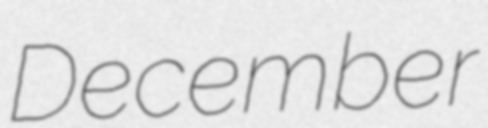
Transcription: December